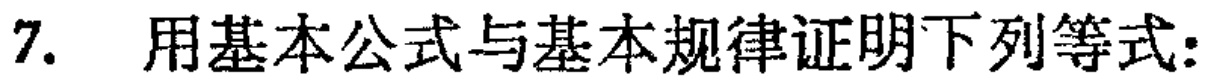
7. 用基本公式与基本规律证明下列等式：